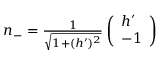
\begin{array} { r } { n _ { - } = \frac { 1 } { \sqrt { 1 + ( h ^ { \prime } ) ^ { 2 } } } \left( \begin{array} { l } { h ^ { \prime } } \\ { - 1 } \end{array} \right) } \end{array}